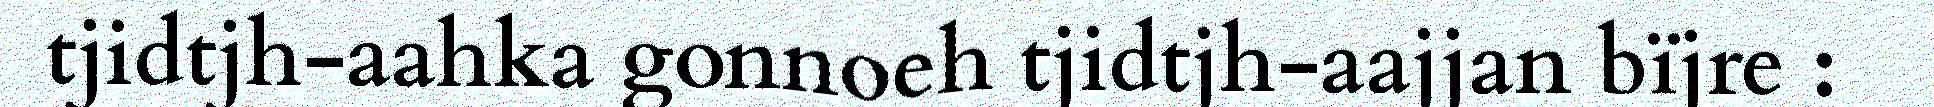
tjidtjh-aahka gonnoeh tjidtjh-aajjan bïjre :